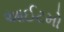
આઈટમો